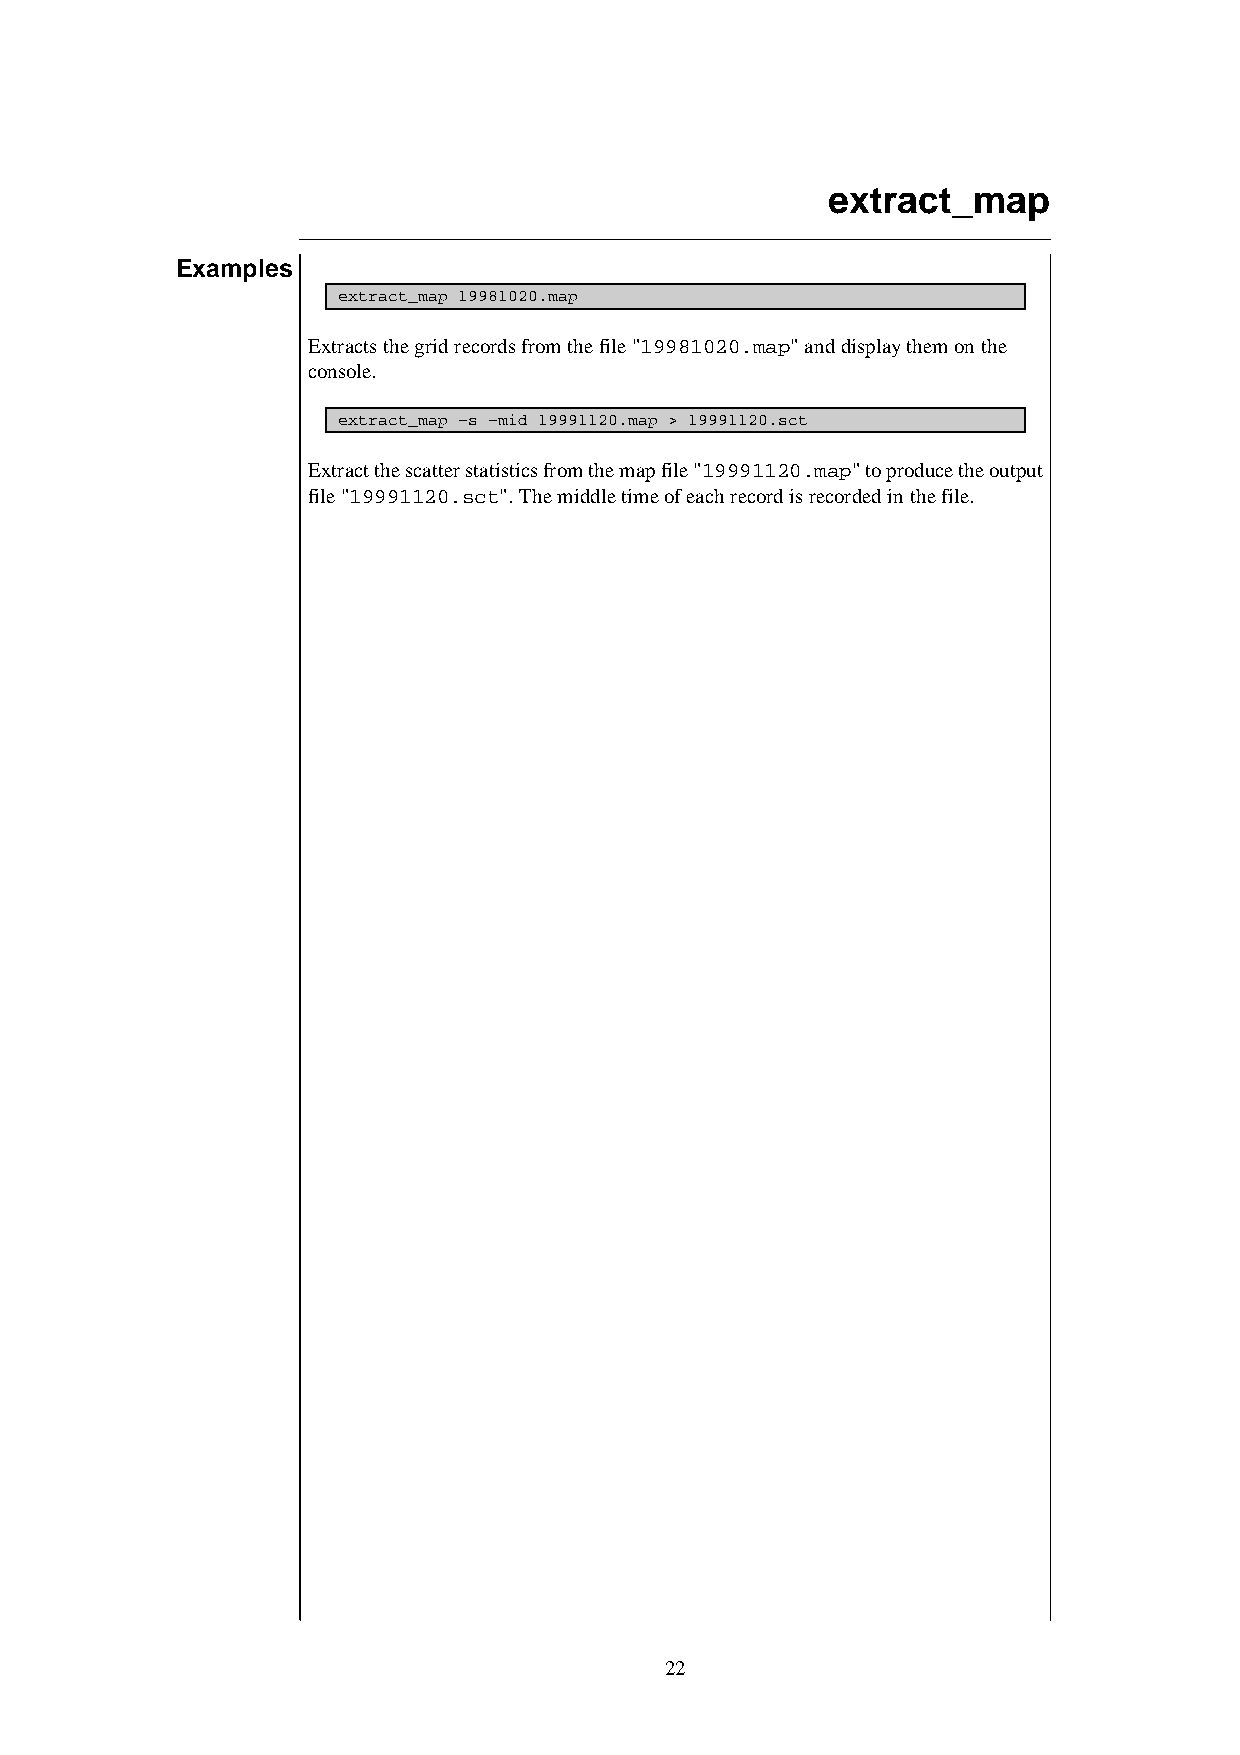
extract_map
 Examples
 extract_map 19981020.map
 Extracts the grid records from the file "19981020.map" and display them on the
 console.
 extract_map –s –mid 19991120.map > 19991120.sct
 Extract the scatter statistics from the map file "19991120.map" to produce the output
 file "19991120.sct". The middle time of each record is recorded in the file.
 22